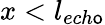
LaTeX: x<l_{ech\mathsf{o}}